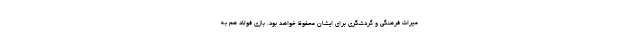
میراث فرهنگی و گردشگری برای ایشان محفوظ خواهد بود. بازی فولاد هم به